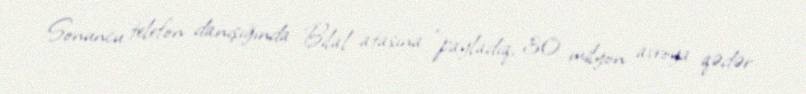
Sonuncu telefon danışığında Bilal atasına “payladıq, 30 milyon avroya qədər